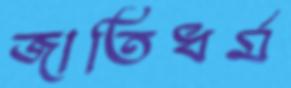
জাতিধর্ম